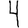
Digit: 4